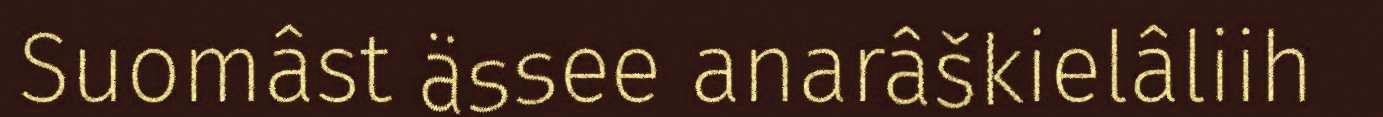
Suomâst ässee anarâškielâliih